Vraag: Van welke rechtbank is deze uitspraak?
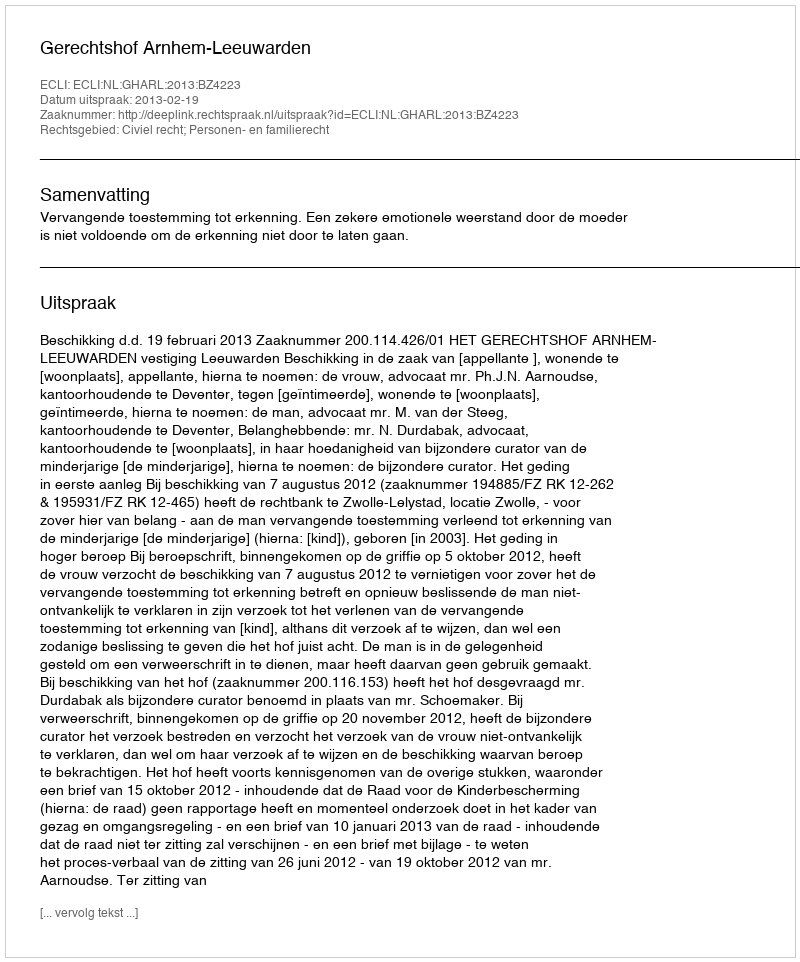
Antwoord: Gerechtshof Arnhem-Leeuwarden